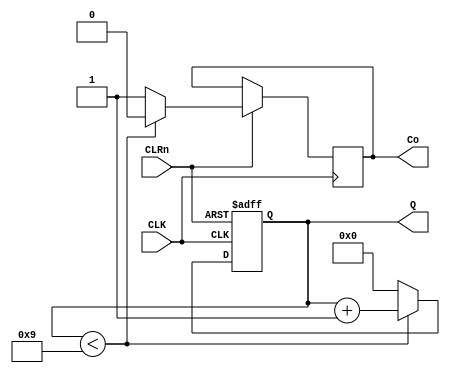
module counter_M10(CLK,Q,CLRn,Co);
	input CLK,CLRn;
	output reg [3:0]Q;
	output reg Co;
	
//	assign Co = ~| Q;
	
	always@(posedge CLK or negedge CLRn) begin
		if(!CLRn)
			Q <= 0;
		else if(Q < 9) begin
			Q <= Q + 1;
			Co <= 0;
		end
		else begin
			Q <= 0;
			Co <= 1;
		end
	end
endmodule